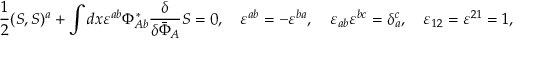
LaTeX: \frac { 1 } { 2 } ( S , S ) ^ { a } + \int d x \varepsilon ^ { a b } \Phi _ { A b } ^ { * } \frac { \delta } { \delta { \bar { \Phi } } _ { A } } S = 0 , \quad \varepsilon ^ { a b } = - \varepsilon ^ { b a } , \quad \varepsilon _ { a b } \varepsilon ^ { b c } = \delta _ { a } ^ { c } , \quad \varepsilon _ { 1 2 } = \varepsilon ^ { 2 1 } = 1 ,